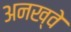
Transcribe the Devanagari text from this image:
अनख्वे